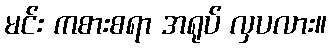
မင်း ကစားစရာ အရုပ် လှပလား။